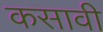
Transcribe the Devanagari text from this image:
कसावी